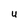
Character: U